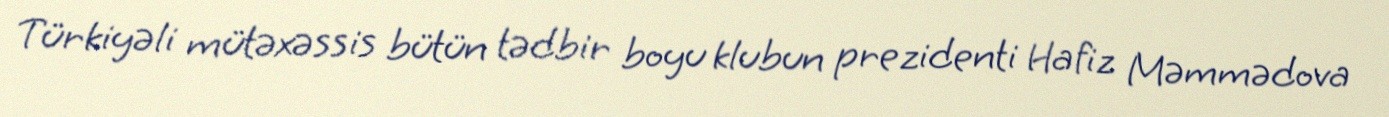
Türkiyəli mütəxəssis bütün tədbir boyu klubun prezidenti Hafiz Məmmədova